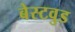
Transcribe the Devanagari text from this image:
बेस्टवुड